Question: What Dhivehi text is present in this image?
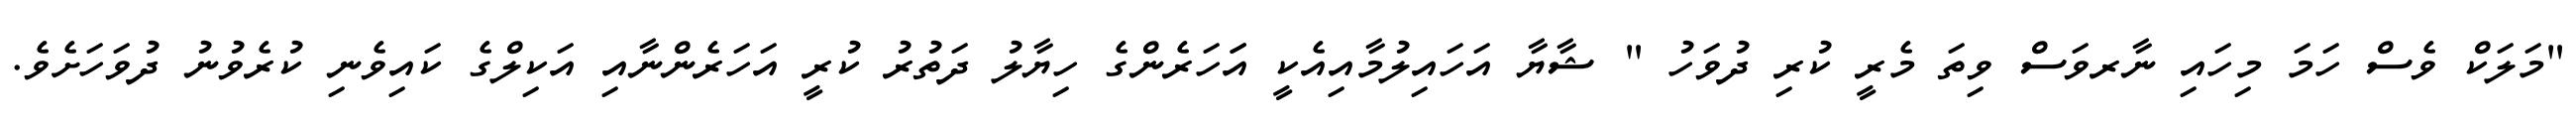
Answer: "މަލަކް ވެސް ހަމަ މިހައި ނާރވަސް ވިތަ މެރީ ކުރި ދުވަހު " ޝާޔާ އަހައިލުމާއިއެކީ އަަހަރެންގެ ހިޔާލު ދަތުރު ކުރީ އަހަރެންނާއި އަކިލްގެ ކައިވެނި ކުރެވުނު ދުވަހަށެވެ.